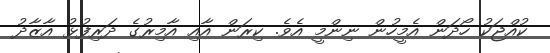
ކުއްޖަކު ހޯދަން އެމީހުން ނިންމީ އެވެ. ކިރަން އާއި އާމިރުގެ ދަރިފުޅު އާޒާދު